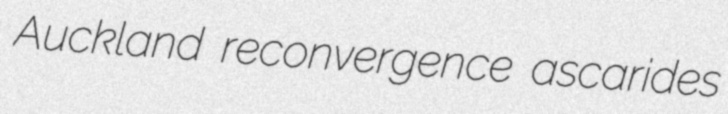
Auckland reconvergence ascarides